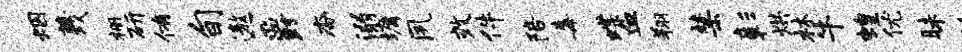
烟蔑栅研侑旬遨爵杳溺墉夙效件陪毒蝶血翔禁彰烘林牛蝗优昧荻